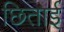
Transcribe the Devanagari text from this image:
छिताई